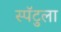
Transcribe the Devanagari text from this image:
स्पॅटुला